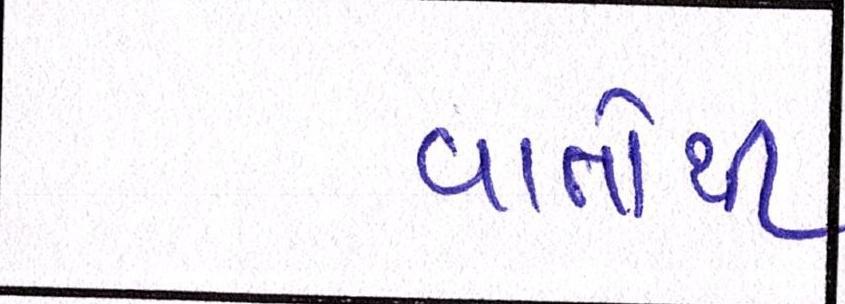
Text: વાતોથી